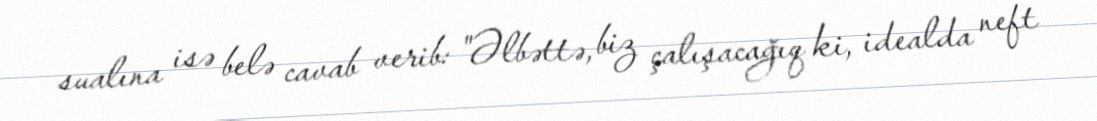
sualına isə belə cavab verib: "Əlbəttə, biz çalışacağıq ki, idealda neft